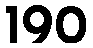
190